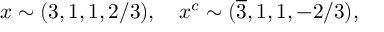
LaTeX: x \sim ( 3 , 1 , 1 , 2 / 3 ) , ~ ~ ~ x ^ { c } \sim ( \overline { { 3 } } , 1 , 1 , - 2 / 3 ) ,